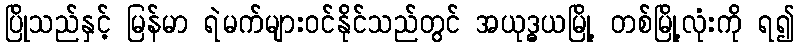
ပြိုသည်နှင့် မြန်မာ ရဲမက်များဝင်နိုင်သည်တွင် အယုဒ္ဓယမြို့ တစ်မြို့လုံးကို ရ၍